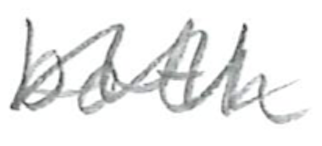
Text: both
Cross-out: mix
Writing tool: pencil